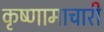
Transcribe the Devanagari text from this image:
कृष्णामाचारी